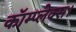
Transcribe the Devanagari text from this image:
कॉम्प्लेक्स।